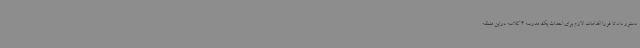
دستور داد تا فورا اقدامات لازم برای احداث یک مدرسه 4 کلاسه دراین منطقه